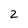
Character: 2